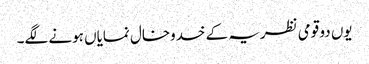
یوں دو قومی نظریہ کے خدوخال نمایاں ہونے لگے۔